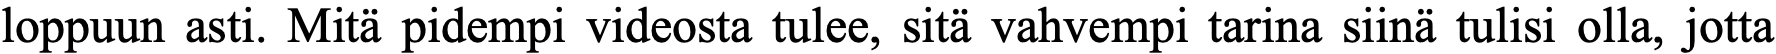
loppuun asti. Mitä pidempi videosta tulee, sitä vahvempi tarina siinä tulisi olla, jotta